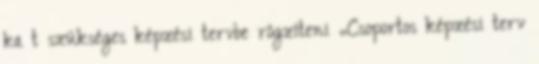
ka t szükséges képzési tervbe rögzíteni „Csoportos képzési terv